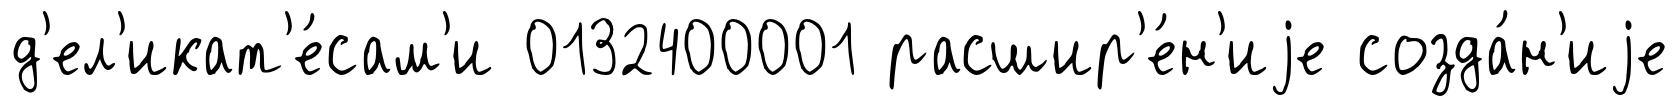
д'ел'икат'е́сам'и 0132400001 расшир'е́н'иjе созда́н'иjе